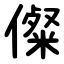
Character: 儏